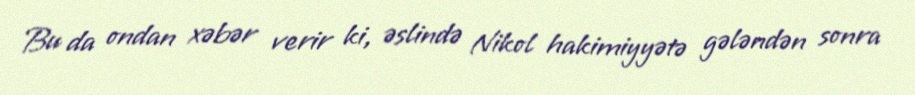
Bu da ondan xəbər verir ki, əslində Nikol hakimiyyətə gələndən sonra